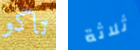
تاكو ثلاثة